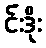
င်းဒိုး